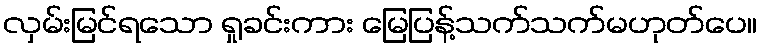
လှမ်းမြင်ရသော ရှုခင်းကား မြေပြန့်သက်သက်မဟုတ်ပေ။